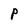
Character: P